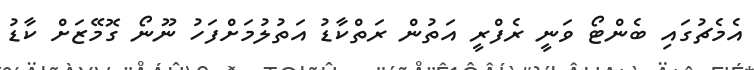
އެމެޗުގައި ބެންޓޯ ވަނީ ރެފްރީ އަތުން ރަތްކާޑު އަތުލުމަށްފަހު ނޫނޯ ގޮމޭޒަށް ކާޑު